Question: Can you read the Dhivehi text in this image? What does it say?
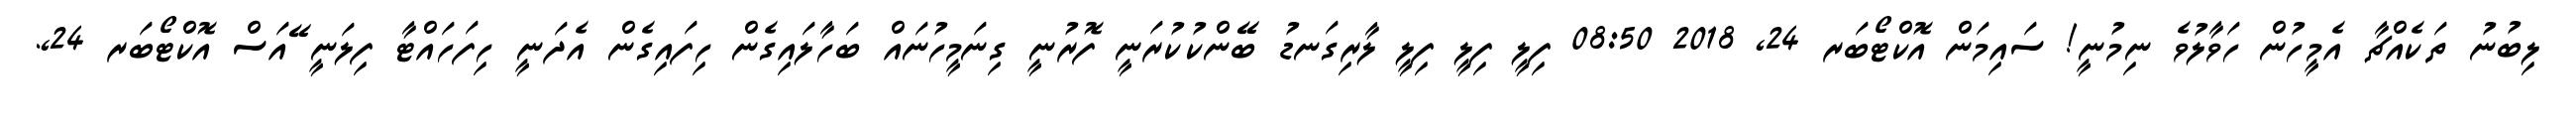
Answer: ލިބުނު ތަކެއްޗާ އެމީހުން ހަވާލުވެ ނިމުނީ! ސައިމަން އޮކްޓޯބަރ 24, 2018 08:50 ފިލީ ފިލީ ފިލީ ލާރިގަނޑު ބޭންކުކުރަނީ ފޮރުނީ ގިނަމީހުނައް ބަހާލައިގެން ހިފައިގެން އެދަނީ ހިފަހައްޓާ ފިލަނީ ޭއަސް އޮކްޓޯބަރ 24,.